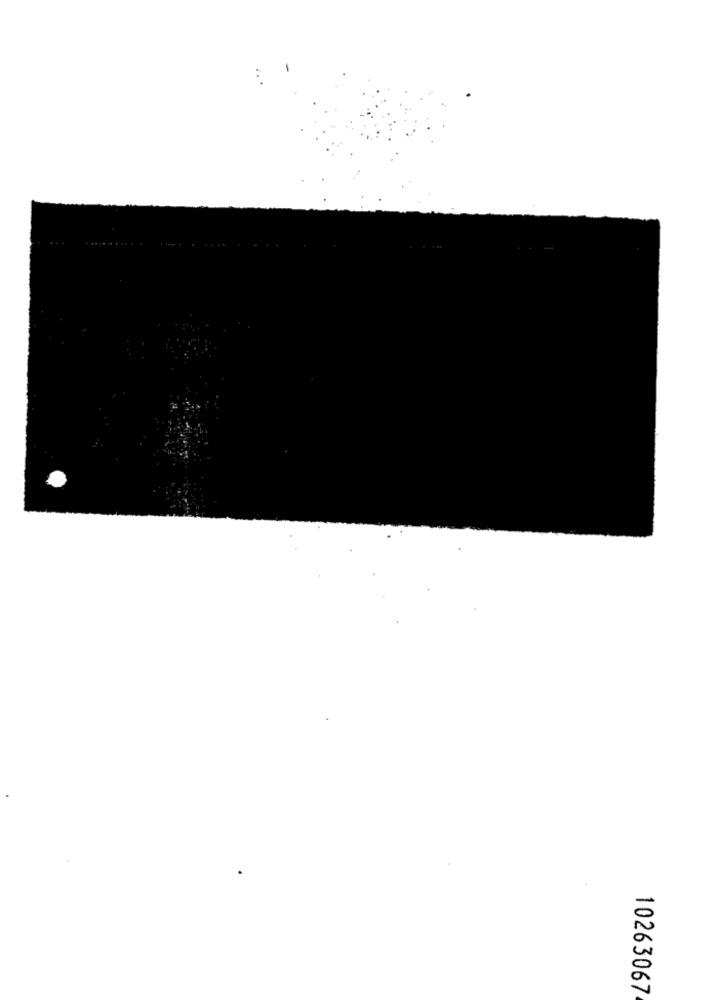
10263067